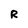
Character: R